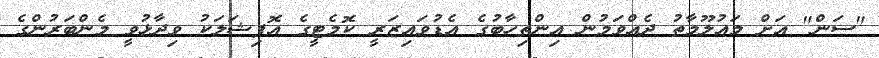
"ސަން" އަށް މައުލޫމާތު ދެއްވަމުން އިންތިހާބުގެ އެޑުވައިޒަރީ ކޮމެޓީގެ އޮފިޝަލަކު ވިދާޅުވީ މެންބަރުންގެ